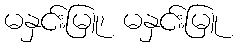
မနှင်းမြူ၊ မနှင်းမြူ